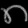
Digit: ၈